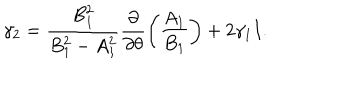
\gamma _ { 2 } = \frac { B _ { 1 } ^ { 2 } } { B _ { 1 } ^ { 2 } - A _ { 1 } ^ { 2 } } \frac { \partial } { \partial \theta } \left( \frac { A _ { 1 } } { B _ { 1 } } \right) + 2 \gamma _ { 1 } I .